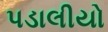
પડાલીયો